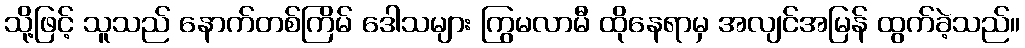
သို့ဖြင့် သူသည် နောက်တစ်ကြိမ် ဒေါသများ ကြွမလာမီ ထိုနေရာမှ အလျင်အမြန် ထွက်ခဲ့သည်။